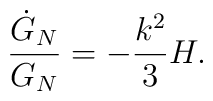
{\dot{G}_{N}\over G_{N}} =-{k^2\over 3} H.